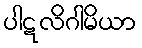
ပါဋလိဂါမိယာ